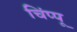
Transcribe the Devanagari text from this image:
चिंप्पू